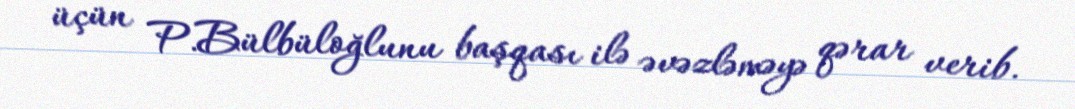
üçün P.Bülbüloğlunu başqası ilə əvəzləməyə qərar verib.